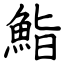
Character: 鮨